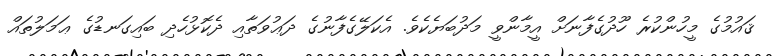
ޤައުމުގެ މީހުންކުރެ ހޫދުގެފާނަށް އީމާންވީ މަދުބަޔެކެވެ. އެކަލޭގެފާނުގެ ދަޢުވަތާއި ދެކޮޅުހެދި ބައިގަނޑުގެ ޢަމަލުތައް